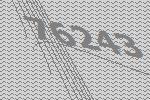
76243